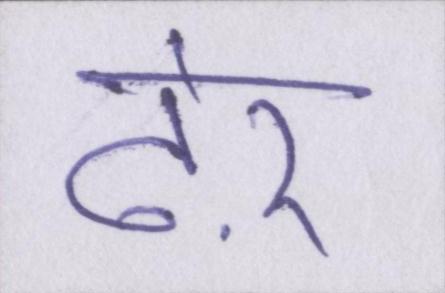
ढ़ेर